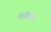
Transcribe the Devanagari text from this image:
निश्चितीने